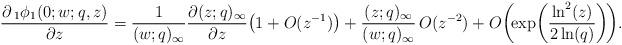
LaTeX: \begin{align*}\frac{\partial\,_{1}\phi_{1}(0;w;q,z)}{\partial z}=\frac{1}{(w;q)_{\infty}}\frac{\partial(z;q)_{\infty}}{\partial z}\!\left(1+O(z^{-1})\right)+\frac{(z;q)_{\infty}}{(w;q)_{\infty}}\, O(z^{-2})+O\!\left(\!\exp\!\left(\frac{\ln^{2}(z)}{2\ln(q)}\right)\!\right)\!.\end{align*}